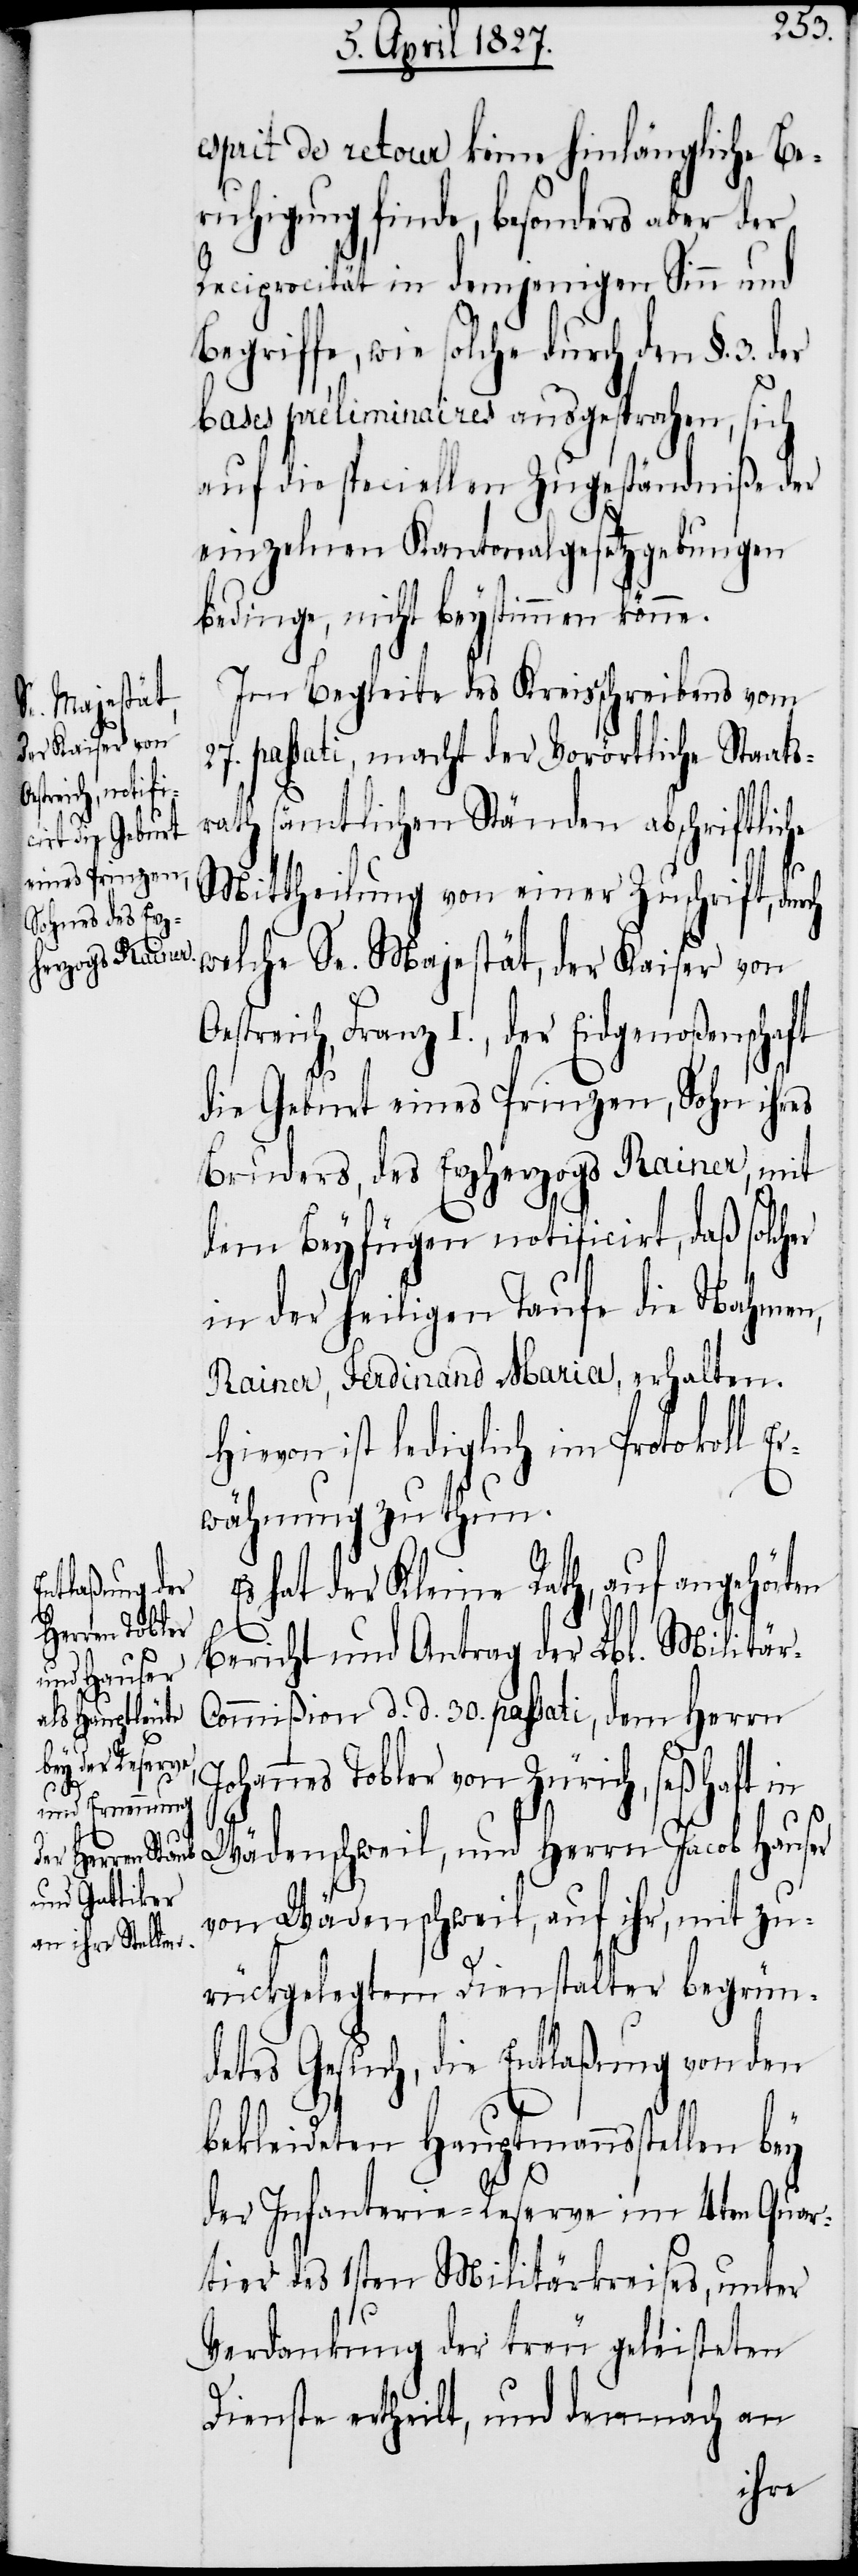
r-C¬

esprit de retour keine hinlängliche Be¬
ruhigung finde, besonders aber der
Reciprocität in demjenigen Sinn und
Begriffe, wie solche durch den §. 3.
bases préliminiaires ausgesprochen, sich
auf die speciellen Zugeständniße der
einzelnen Kantonalgesetzgebungen
bedinge, nicht beystimmen könne.
Im Begleite des Kreisschreibens vom
27. passati, macht der Vorörtliche Staats¬
rath sämtlichen Ständen abschriftliche
Mittheilung von einer Zuschrift, dur¬
welche Se. Majestät, der Kaiser von
estreich, Franz I., der Eidgenoßenschaft
die Geburt eines Prinzen, Sohn ihres
Bruders, des Erzherzogs Rainer, mit
dem Beyfügen notificirt, daß solcher
in der heiligen Taufe die Nahmen,
Rainer, Ferdinand Maria, erhalten.
ist lediglich im Protokoll
wähnung zu tun.
hat der Kleine Rath, auf angehörten
Bericht und Antrag der Lbl. Militä¬
ommißion d. d. 30. passati, dem Herrn
Johannes Tobler von Zürich, seßhaft in
Wädenschweil, und Herrn Jacob Hauser
von Wädenschweil, auf ihr, mit zu¬
rückgelegtem Dienstalter begrün¬
detes Gesuch, die Entlaßung von den
bekleideten Hauptmannsstellen
der Infanterie-Reserve im 4ten Quar¬
tier des 1sten Militärkreises, unter
Verdankung der treu geleisteten
Dienste ertheilt, und demnach an
Er¬